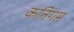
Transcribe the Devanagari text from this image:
कनिंगम